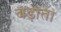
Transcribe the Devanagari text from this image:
बड़ाता